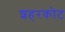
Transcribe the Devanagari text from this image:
शहरकोट